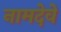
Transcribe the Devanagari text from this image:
नामदेवे